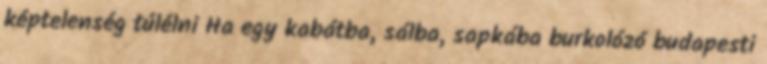
képtelenség túlélni Ha egy kabátba, sálba, sapkába burkolózó budapesti